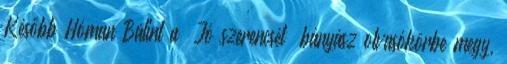
Később Hóman Bálint a „Jó szerencsét” bányász olvasókörbe megy,